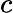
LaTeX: \displaystyle c